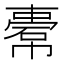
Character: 𢄿